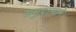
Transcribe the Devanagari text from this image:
समुद्रामागे